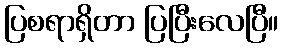
ပြစရာရှိတာ ပြပြီးလေပြီ။